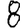
Digit: 8